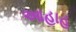
આહાહ